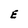
Character: E